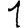
Digit: 1